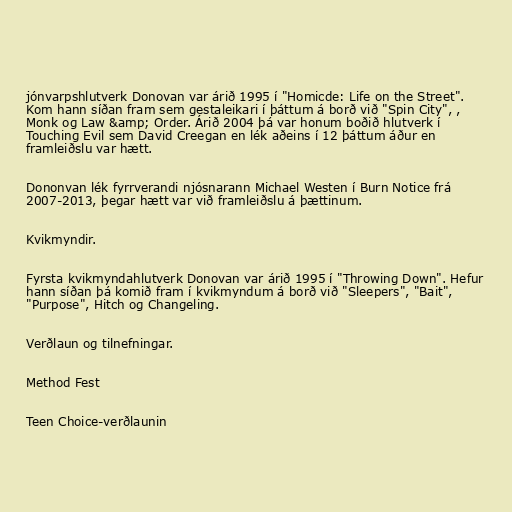
jónvarpshlutverk Donovan var árið 1995 í "Homicde: Life on the Street".
Kom hann síðan fram sem gestaleikari í þáttum á borð við "Spin City", ,
Monk og Law &amp; Order. Árið 2004 þá var honum boðið hlutverk í
Touching Evil sem David Creegan en lék aðeins í 12 þáttum áður en
framleiðslu var hætt.

Dononvan lék fyrrverandi njósnarann Michael Westen í Burn Notice frá
2007-2013, þegar hætt var við framleiðslu á þættinum.

Kvikmyndir.

Fyrsta kvikmyndahlutverk Donovan var árið 1995 í "Throwing Down". Hefur
hann síðan þá komið fram í kvikmyndum á borð við "Sleepers", "Bait",
"Purpose", Hitch og Changeling.

Verðlaun og tilnefningar.

Method Fest

Teen Choice-verðlaunin